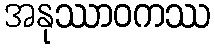
အနုဿာဝကဿ